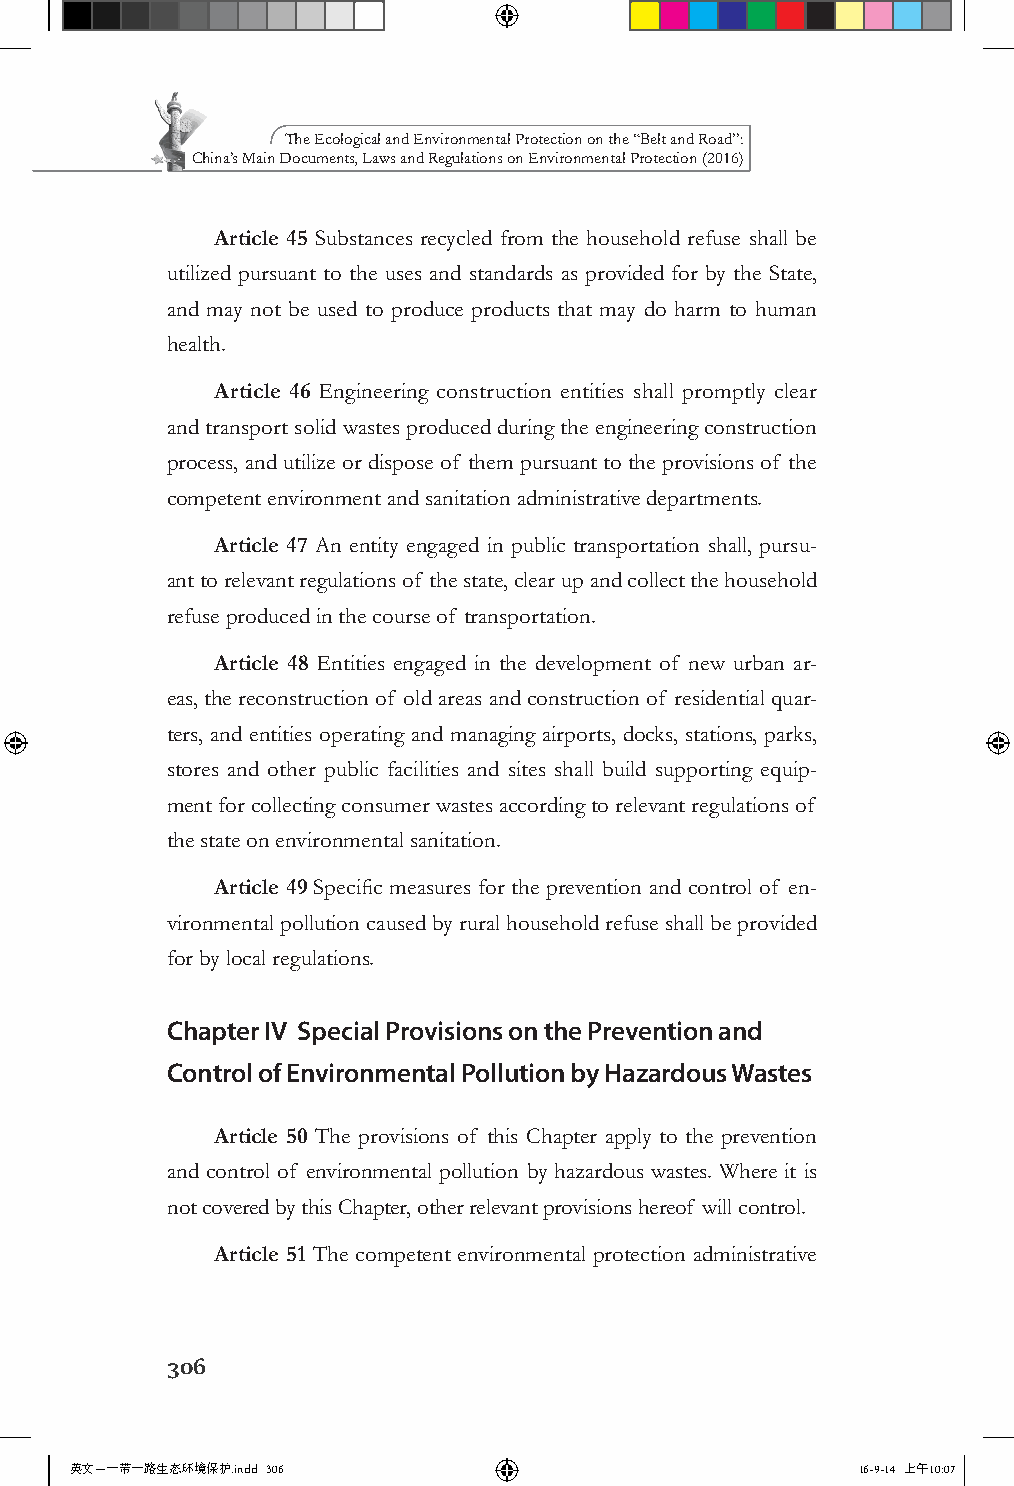
The Ecological and Environmental Protection on the “Belt and Road”:
 China’s Main Documents, Laws and Regulations on Environmental Protection (2016)
 Article 45 Substances recycled from the household refuse shall be
 utilized pursuant to the uses and standards as provided for by the State,
 and may not be used to produce products that may do harm to human
 health.
 Article 46 Engineering construction entities shall promptly clear
 and transport solid wastes produced during the engineering construction
 process, and utilize or dispose of them pursuant to the provisions of the
 competent environment and sanitation administrative departments.
 Article 47 An entity engaged in public transportation shall, pursu-
 ant to relevant regulations of the state, clear up and collect the household
 refuse produced in the course of transportation.
 Article 48 Entities engaged in the development of new urban ar-
 eas, the reconstruction of old areas and construction of residential quar-
 ters, and entities operating and managing airports, docks, stations, parks,
 stores and other public facilities and sites shall build supporting equip-
 ment for collecting consumer wastes according to relevant regulations of
 the state on environmental sanitation.
 Article 49 Specific measures for the prevention and control of en-
 vironmental pollution caused by rural household refuse shall be provided
 for by local regulations.
 Chapter IV Special Provisions on the Prevention and
 Control of Environmental Pollution by Hazardous Wastes
 Article 50 The provisions of this Chapter apply to the prevention
 and control of environmental pollution by hazardous wastes. Where it is
 not covered by this Chapter, other relevant provisions hereof will control.
 Article 51 The competent environmental protection administrative
 306
 英文－一带一路生态环境保护.indd 306                              16-9-14 上午10:07